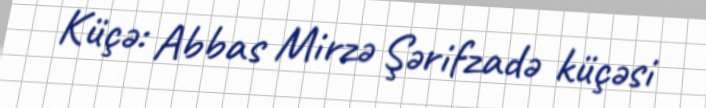
Küçə: Abbas Mirzə Şərifzadə küçəsi